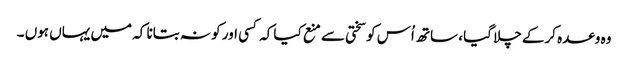
وہ وعدہ کرکے چلا گیا ، ساتھ اُس کو سختی سے منع کیا کہ کسی اور کو نہ بتانا کہ میں یہاں ہوں ۔